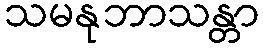
သမနုဘာသန္တာ